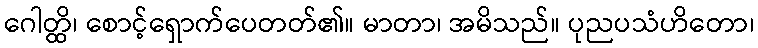
ဂေါတ္ထိ၊ စောင့်ရှောက်ပေတတ်၏။ မာတာ၊ အမိသည်။ ပုညပသံဟိတော၊